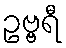
ဥဗ္ဗရီ